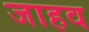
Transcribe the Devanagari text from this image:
जाहव